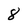
Character: 8